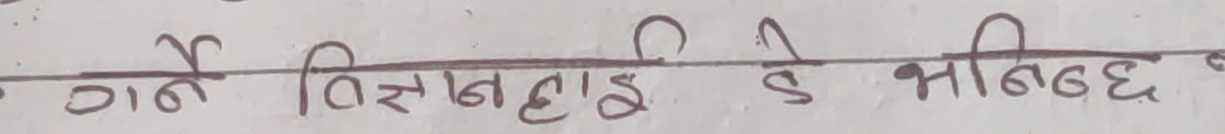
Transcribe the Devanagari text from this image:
गर्नै बिर्सनलाई के भनिन्छ